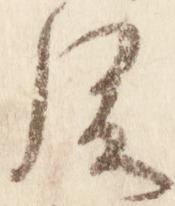
後